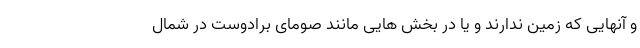
و آنهایی که زمین ندارند و یا در بخش هایی مانند صومای برادوست در شمال